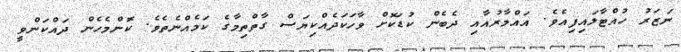
ނަޒަރު ހުއްޓާލައިފިއެވެ. އައްމާރުއާއި ދެބެން ކުޑަކޮށް ވާހަކަދެއްކިޔަސް ގާތްތިމާގެ ކަމެއްނެތެވެ. ކޮންމެހެން ދައްކަންވީ